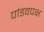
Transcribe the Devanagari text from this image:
पांडवपक्ष